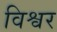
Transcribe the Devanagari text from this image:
विश्वर